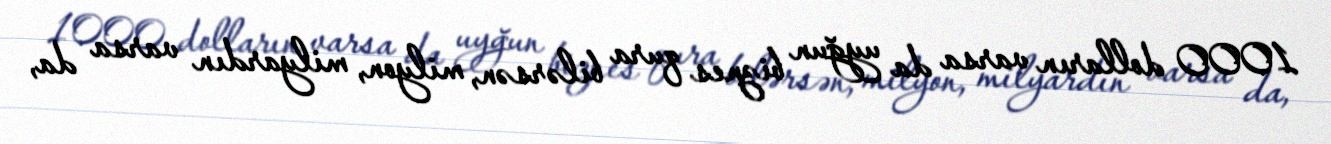
1000 dolların varsa da uyğun biznes qura bilərsən, milyon, milyardın varsa da,